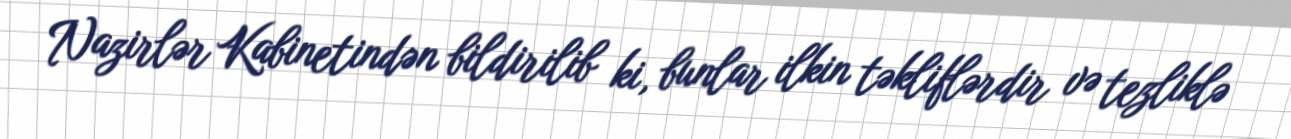
Nazirlər Kabinetindən bildirilib ki, bunlar ilkin təkliflərdir və tezliklə